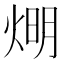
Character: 𤊉